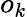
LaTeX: o_{k}